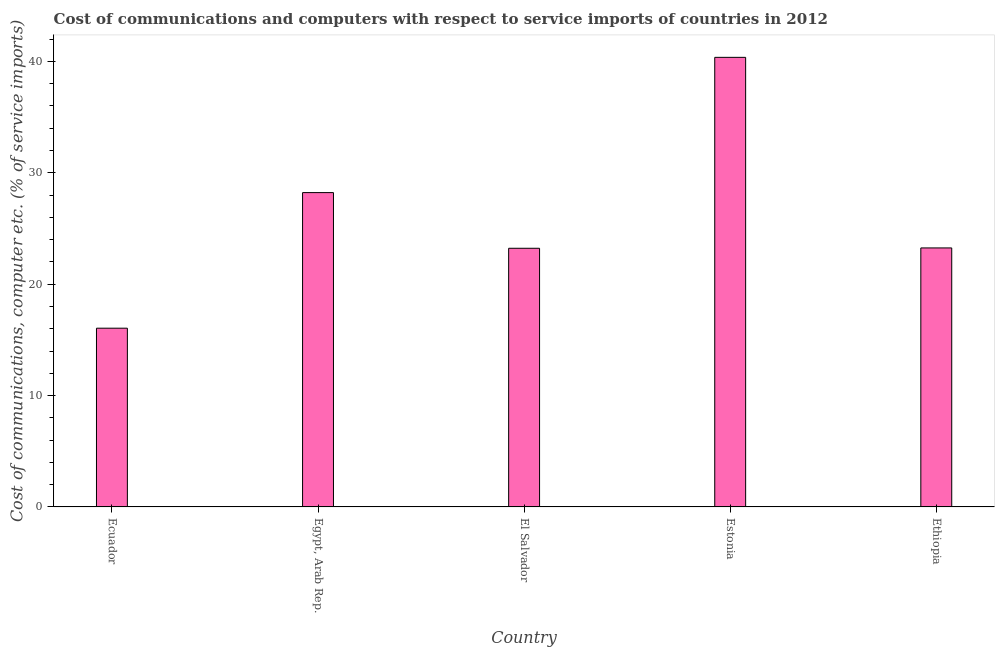
| Country | Communications |
 | --- | --- |
 | Ecuador | 16 |
 | Egypt, Arab Rep. | 28.2 |
 | El Salvador | 23.2 |
 | Estonia | 40.4 |
 | Ethiopia | 23.3 |